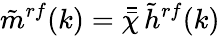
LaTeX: \tilde{m}^{rf}(k)=\bar{\bar{\chi}}\, \tilde{h}^{rf}(k)